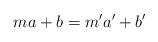
LaTeX: \begin{align*} ma+b = m'a'+b'\end{align*}